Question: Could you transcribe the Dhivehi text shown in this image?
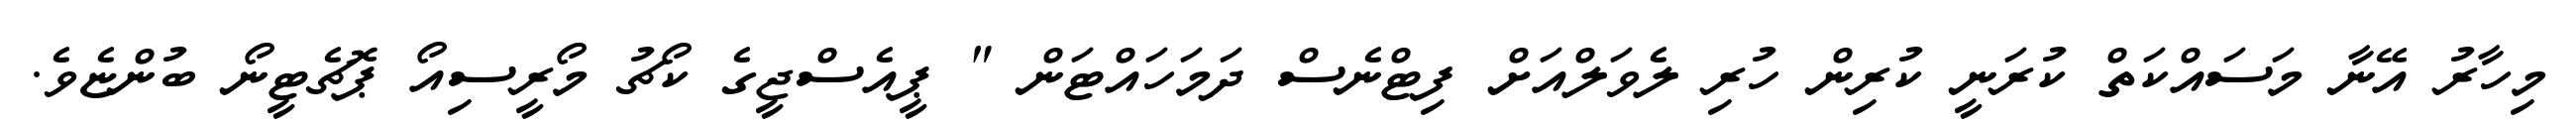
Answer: މިހާރު އޭނާ މަސައްކަތް ކުރަނީ ކުރިން ހުރި ލެވަލްއަށް ފިޓްނެސް ދަމަހައްޓަން " ޕީއެސްޖީގެ ކޯޗު މޯރީސިއޯ ޕޮޗެޓީނޯ ބުންޏެވެ.